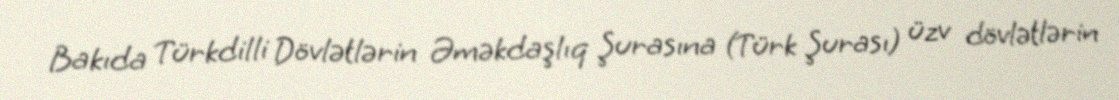
Bakıda Türkdilli Dövlətlərin Əməkdaşlıq Şurasına (Türk Şurası) üzv dövlətlərin